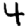
Digit: 4